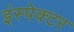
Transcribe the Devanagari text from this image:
इंस्‍पेक्‍टर